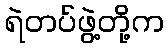
ရဲတပ်ဖွဲ့တို့က